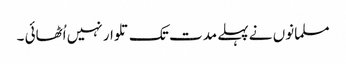
مسلمانوں نے پہلے مدت تک تلوار نہیں اُٹھائی ۔